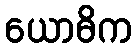
ယောဓိက